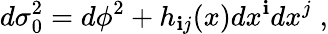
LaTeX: d\sigma_{0}^{2}=d\phi^{2}+h_{\mathbf{i}j}(x)dx^{\mathbf{i}}dx^{j}\; ,